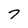
Character: 7